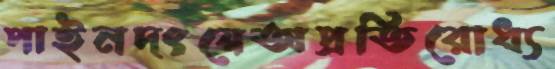
পাইনদংয়েঅপ্রতিরোধ্য